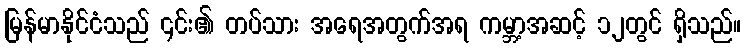
မြန်မာနိုင်ငံသည် ၎င်း၏ တပ်သား အရေအတွက်အရ ကမ္ဘာ့အဆင့် ၁၂တွင် ရှိသည်။